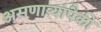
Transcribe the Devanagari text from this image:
असणाऱ्यांपैकी